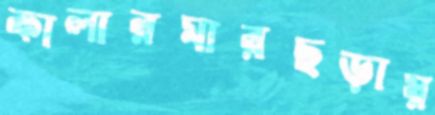
কালারমারছড়ায়